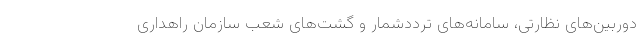
دوربین‌های نظارتی، سامانه‌های ترددشمار و گشت‌های شعب سازمان راهداری